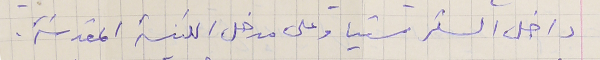
داخل السكرستيا وعلى مدخل الكنيسة المقدسَة.